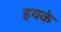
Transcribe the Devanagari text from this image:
इयके